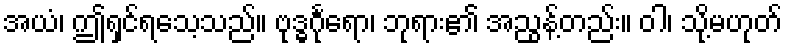
အယံ၊ ဤရှင်ရသေ့သည်။ ဗုဒ္ဓင်္ဂုရော၊ ဘုရား၏ အညွန့်တည်း။ ဝါ၊ သို့မဟုတ်